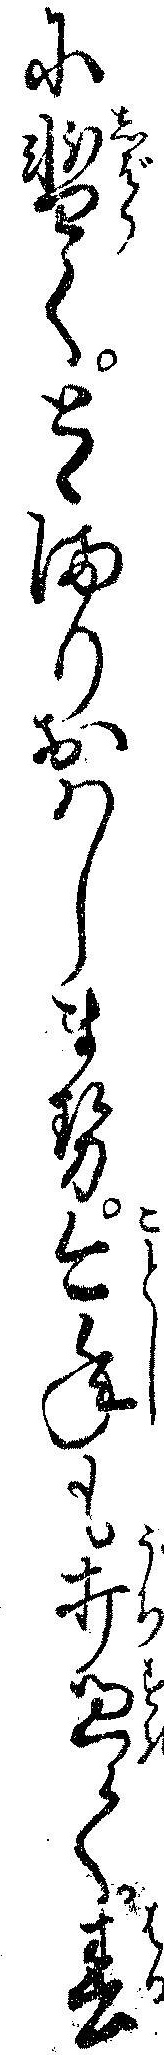
に暫くとゝまりおハしませ今年も打過て春